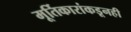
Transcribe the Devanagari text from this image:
मूर्तिकारांकडूनही